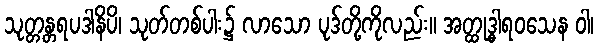
သုတ္တန္တရပဒါနိပိ၊ သုတ်တစ်ပါး၌ လာသော ပုဒ်တို့ကိုလည်း။ အတ္ထုဒ္ဓါရဝသေန ဝါ၊